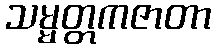
သမ္မတ္တကဇာတာ